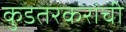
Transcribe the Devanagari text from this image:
कुडतरकरांची